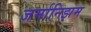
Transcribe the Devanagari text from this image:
जर्मानिझम